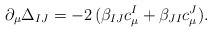
\begin{align*}\partial_\mu\Delta_{IJ}=-2\,(\beta_{IJ}c^I_\mu+\beta_{JI}c^J_\mu).\end{align*}